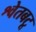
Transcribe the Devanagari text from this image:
श्वेतबटू